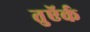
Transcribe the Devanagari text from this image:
तुऍर्क